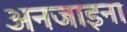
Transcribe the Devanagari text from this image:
अनजाइना